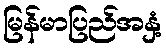
မြန်မာပြည်အနှံ့